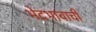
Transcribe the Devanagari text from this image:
भेदभावाची